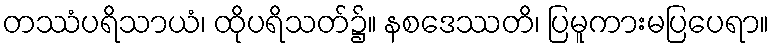
တဿံပရိသာယံ၊ ထိုပရိသတ်၌။ နစဒေဿတိ၊ ပြမူကားမပြပေရာ။